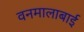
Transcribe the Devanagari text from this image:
वनमालाबाई